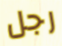
رجل